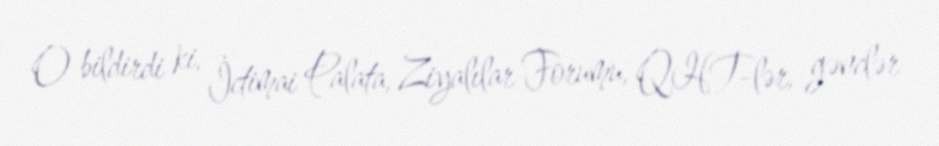
O bildirdi ki, İctimai Palata, Ziyalılar Forumu, QHT-lər, gənclər